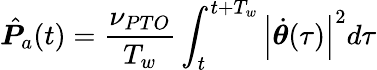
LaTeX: \hat{\boldsymbol{P}}_{a}(t)=\frac{\nu_{PTO}}{T_{w}}\int_{t}^{t+T_{w}}\left|\dot{\boldsymbol{\theta}}(\tau)\right|^{2}d\tau